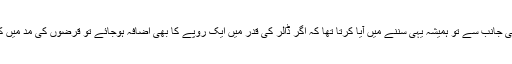
اقتدار میں آنے سے قبل پی ٹی آئی کی جانب سے تو ہمیشہ یہی سننے میں آیا کرتا تھا کہ اگر ڈالر کی قدر میں ایک روپے کا بھی اضافہ ہوجائے تو قرضوں کی مد میں کھربوں روپوں کا اضافہ ہو جاتا ہے۔